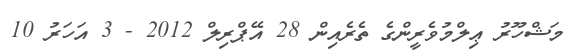
މަޝްހޫރު ޢިލްމުވެރީންގެ ތެރެއިން 28 އޭޕްރިލް 2012 - 3 އަހަރު 10